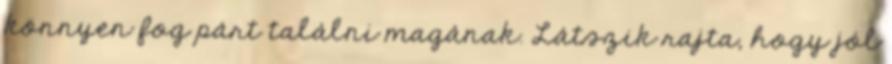
könnyen fog párt találni magának. Látszik rajta, hogy jól